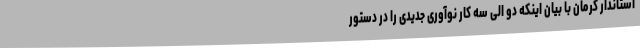
استاندار کرمان با بیان اینکه دو الی سه کار نوآوری جدیدی را در دستور